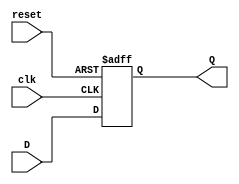
module D_ff (input D, reset, clk, output reg Q);	
	always @(posedge clk, posedge reset)
	begin 
		if (reset == 1'b1)
			Q <= 0;
		else
			Q <= D;
	end	
endmodule